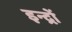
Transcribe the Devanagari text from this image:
इन्द्रों